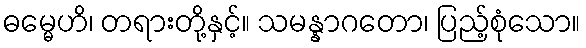
ဓမ္မေဟိ၊ တရားတို့နှင့်။ သမန္နာဂတော၊ ပြည့်စုံသော။